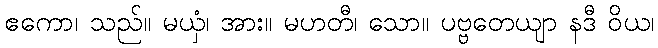
ဧကော၊ သည်။ မယှံ၊ အား။ မဟတီ၊ သော။ ပဗ္ဗတေယျာ နဒီ ဝိယ၊